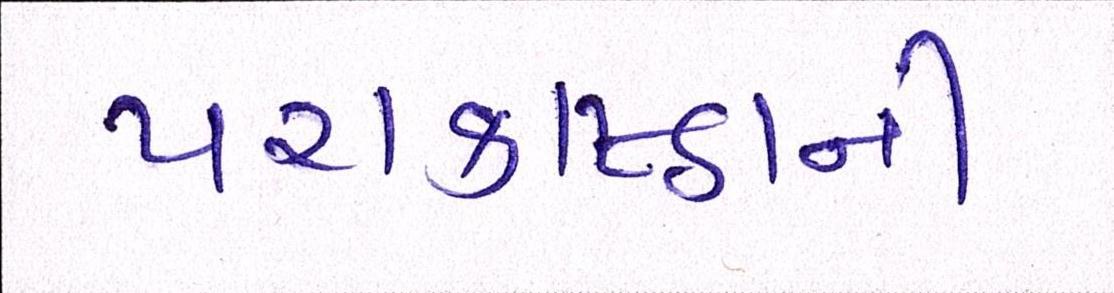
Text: પરાકાષ્ઠાની